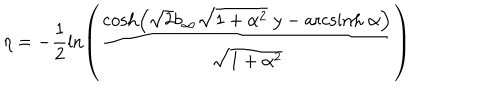
LaTeX: \eta = - \frac { 1 } { 2 } \ln \left( \frac { \cosh \left( \sqrt { 2 } b _ { \infty } \sqrt { 1 + \alpha ^ { 2 } } \; y - \mathrm { a r c s i n h } \; \alpha \right) } { \sqrt { 1 + \alpha ^ { 2 } } } \right)